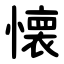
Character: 懐